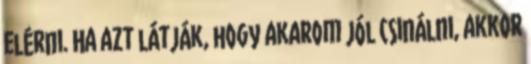
elérni. Ha azt látják, hogy akarom jól csinálni, akkor